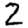
Digit: 2